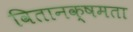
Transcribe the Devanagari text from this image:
वितानक्षमता